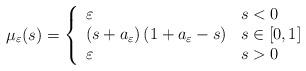
LaTeX: \begin{align*}\mu_{\varepsilon}(s)=\left\{\begin{array}[c]{ll}\varepsilon & s<0\\\left( s+a_{\varepsilon}\right) \left( 1+a_{\varepsilon}-s\right) &s\in\lbrack0,1]\\\varepsilon & s>0\end{array}\right. \end{align*}